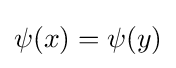
\psi (x)=\psi (y)